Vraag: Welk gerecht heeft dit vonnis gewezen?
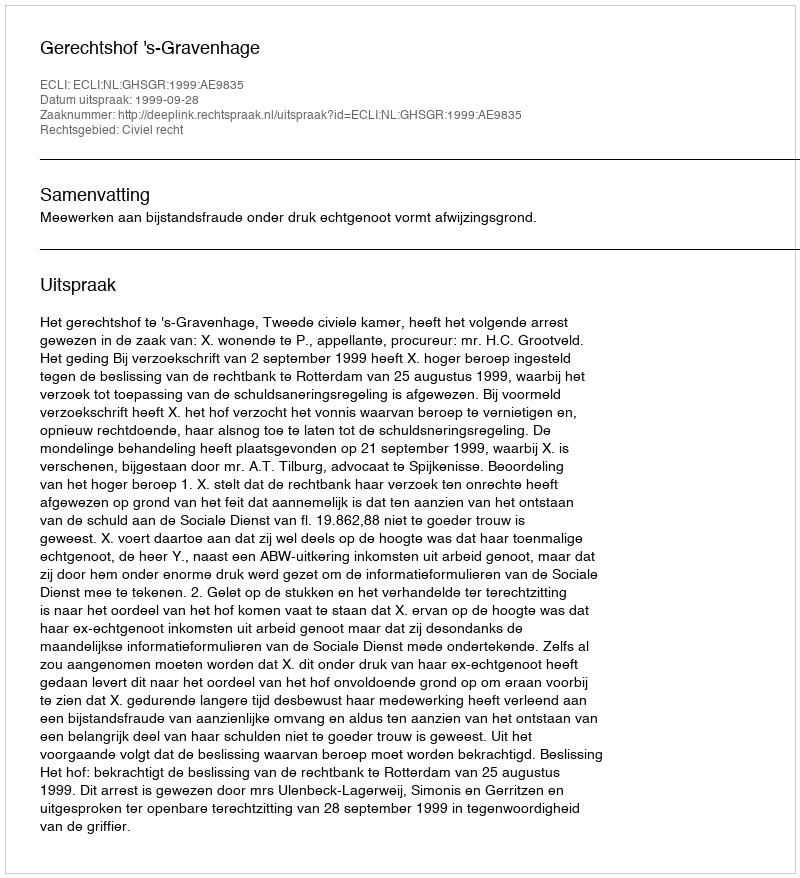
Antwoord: Gerechtshof 's-Gravenhage